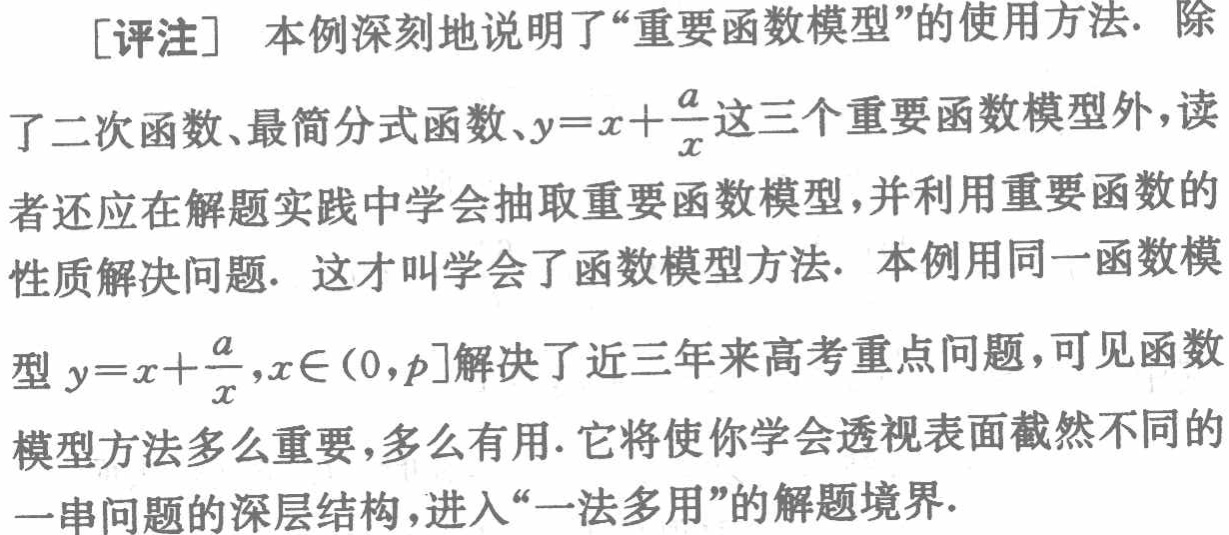
[评注] 本例深刻地说明了“重要函数模型”的使用方法. 除了二次函数、最简分式函数、\(y = x+\frac{a}{x}\)这三个重要函数模型外，读者还应在解题实践中学会抽取重要函数模型，并利用重要函数的性质解决问题. 这才叫学会了函数模型方法. 本例用同一函数模型\(y = x+\frac{a}{x},x\in(0,p]\)解决了近三年来高考重点问题，可见函数模型方法多么重要，多么有用. 它将使你学会透视表面截然不同的一串问题的深层结构，进入“一法多用”的解题境界.